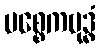
ပစ္စေကဗုဒ္ဓံ